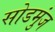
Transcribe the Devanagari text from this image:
सोडमुंज